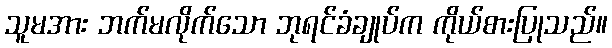
သူမအား ဘက်မလိုက်သော ဘုရင်ခံချုပ်က ကိုယ်စားပြုသည်။